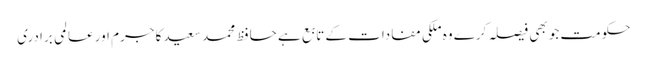
حکومت جو بھی فیصلہ کرے وہ ملکی مفادات کے تابع ہے	 حافظ محمد سعید کا جرم اور عالمی برادری